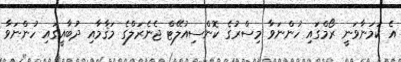
އެ ކަމަނާވަނީ ރޯމްގައި ހުންނަވާ މިސްރުގެ ކޮންސިއުލޭޓް ޖެނެރަލްގެ މަޤާމާއި ދުބާއީގައި ހުންނަވާ